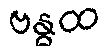
ဗန္ဓထ